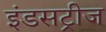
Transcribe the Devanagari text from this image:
इंडसट्रीज